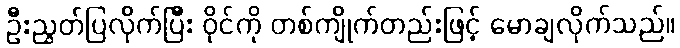
ဦးညွတ်ပြလိုက်ပြီး ဝိုင်ကို တစ်ကျိုက်တည်းဖြင့် မောချလိုက်သည်။